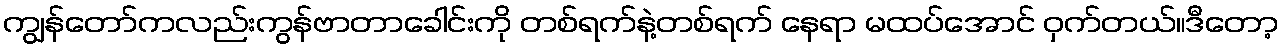
ကျွန်တော်ကလည်းကွန်ဗာတာခေါင်းကို တစ်ရက်နဲ့တစ်ရက် နေရာ မထပ်အောင် ဝှက်တယ်။ဒီတော့